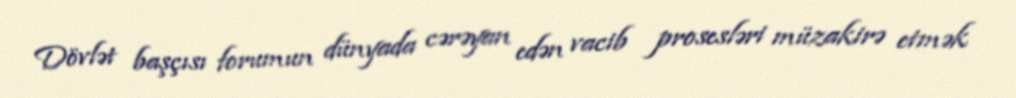
Dövlət başçısı forumun dünyada cərəyan edən vacib prosesləri müzakirə etmək